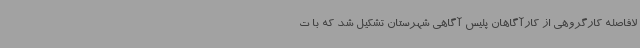
لافاصله کارگروهی از کارآگاهان پلیس آگاهی شهرستان تشکیل شد که با ت